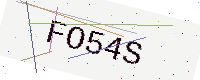
Text: FO54S